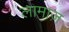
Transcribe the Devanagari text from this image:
लामाज़